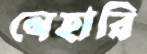
নেহারি